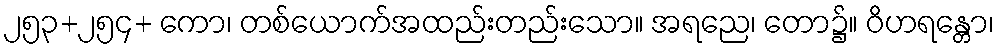
၂၅၃+၂၅၄+ ကော၊ တစ်ယောက်အထည်းတည်းသော။ အရညေ၊ တော၌။ ဝိဟရန္တော၊